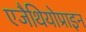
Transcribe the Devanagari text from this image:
एजैथियोप्राइन